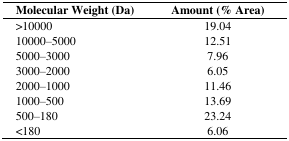
| Molecular Weight (Da) | Amount (%Area) |
 | --- | --- |
 | >10000 | 19.04 |
 | 10000–5000 | 12.51 |
 | 5000–3000 | 7.96 |
 | 3000–2000 | 6.05 |
 | 2000–1000 | 11.46 |
 | 1000–500 | 13.69 |
 | 500–180 | 23.24 |
 | <180 | 6.06 |